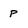
Character: P